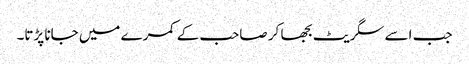
جب اسے سگریٹ بجھا کر صاحب کے کمرے میں جانا پڑتا۔